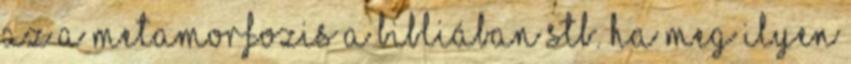
az a metamorfozis a bibliában stb. Ha meg ilyen